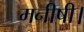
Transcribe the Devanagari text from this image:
मनीषी।